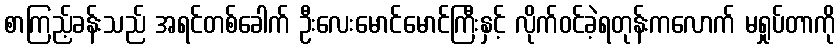
စာကြည့်ခန်းသည် အရင်တစ်ခေါက် ဦးလေးမောင်မောင်ကြီးနှင့် လိုက်ဝင်ခဲ့ရတုန်းကလောက် မရှုပ်တာကို